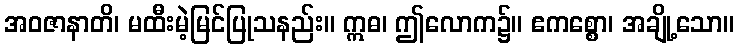
အဝဇာနာတိ၊ မထီးမဲ့မြင်ပြုသနည်း။ ဣဓ၊ ဤလောက၌။ ဧကစ္စော၊ အချို့သော။